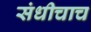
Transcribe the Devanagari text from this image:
संधीचाच